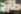
ab